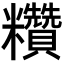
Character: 𥽷